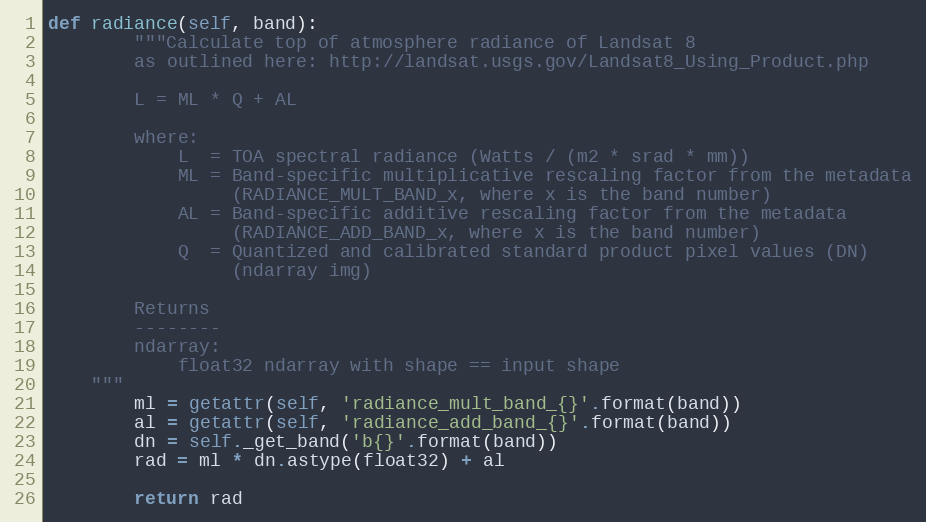
Language: Python
def radiance(self, band):
        """Calculate top of atmosphere radiance of Landsat 8
        as outlined here: http://landsat.usgs.gov/Landsat8_Using_Product.php

        L = ML * Q + AL

        where:
            L  = TOA spectral radiance (Watts / (m2 * srad * mm))
            ML = Band-specific multiplicative rescaling factor from the metadata
                 (RADIANCE_MULT_BAND_x, where x is the band number)
            AL = Band-specific additive rescaling factor from the metadata
                 (RADIANCE_ADD_BAND_x, where x is the band number)
            Q  = Quantized and calibrated standard product pixel values (DN)
                 (ndarray img)

        Returns
        --------
        ndarray:
            float32 ndarray with shape == input shape
    """
        ml = getattr(self, 'radiance_mult_band_{}'.format(band))
        al = getattr(self, 'radiance_add_band_{}'.format(band))
        dn = self._get_band('b{}'.format(band))
        rad = ml * dn.astype(float32) + al

        return rad